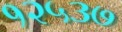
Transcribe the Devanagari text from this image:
१२५३७